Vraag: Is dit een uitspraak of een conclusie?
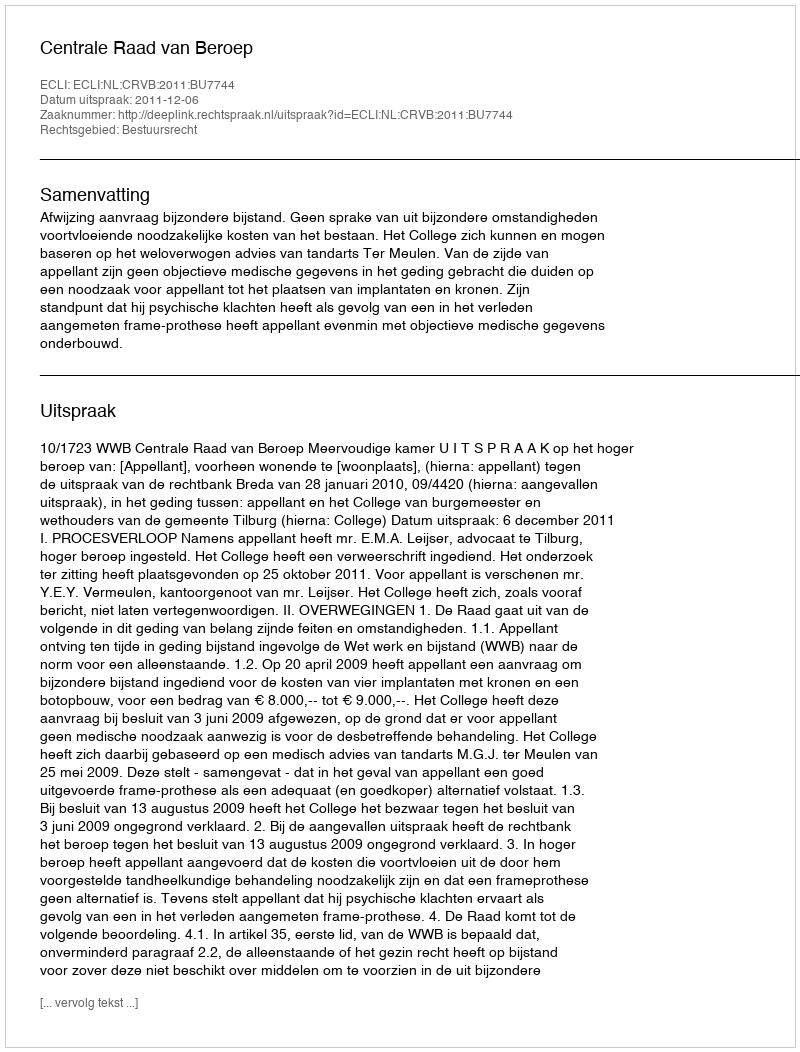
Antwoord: Uitspraak